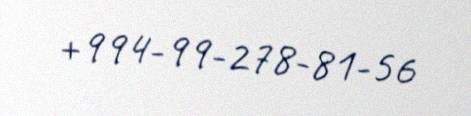
+994-99-278-81-56